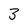
Character: 3